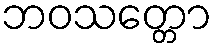
ဘဝသတ္တော